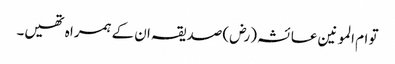
تو ام المو نین عا ئشہ (رض) صدیقہ ان کے ہمرا ہ تھیں۔